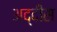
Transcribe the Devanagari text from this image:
अद्दीस